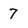
Character: 7